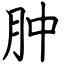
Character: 肿